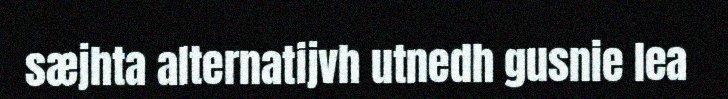
sæjhta alternatijvh utnedh gusnie lea